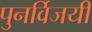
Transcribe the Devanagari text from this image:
पुनर्विजयी